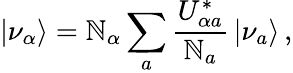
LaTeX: |\nu_{\alpha}\rangle=\mathbb{N}_{\alpha}\sum_{a}\frac{{U_{{\alpha}a}^{*}}}{{\mathbb{N}_{a}}}\, |\nu_{a}\rangle\, ,